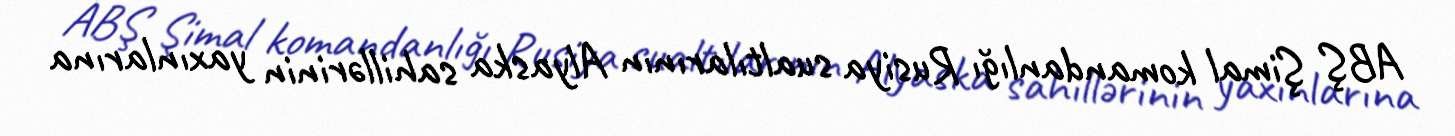
ABŞ Şimal komandanlığı Rusiya sualtılarının Alyaska sahillərinin yaxınlarına